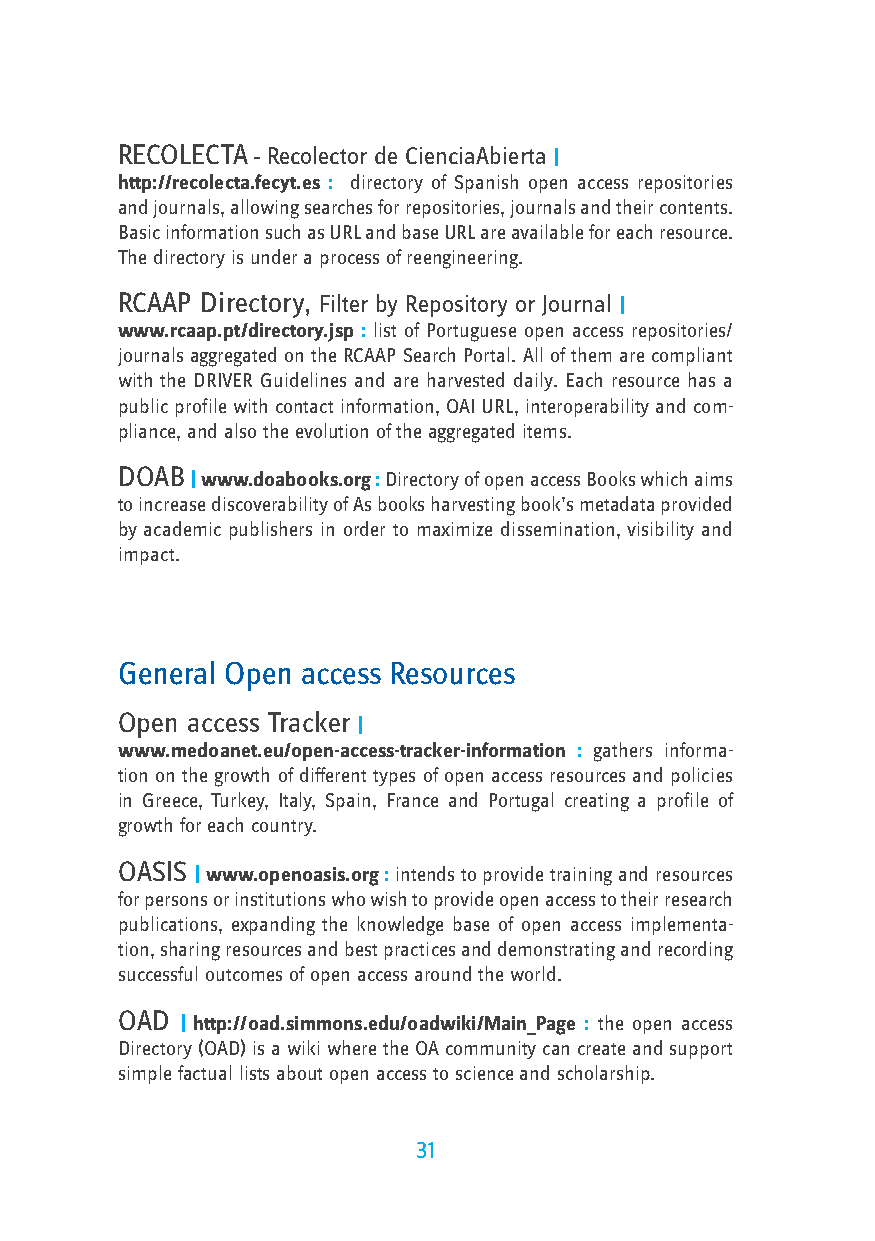
RECOLECTA – Recolector de CienciaAbierta |
 http://recolecta.fecyt.es : directory of Spanish open access repositories
 and journals, allowing searches for repositories, journals and their contents.
 Basic information such as URL and base URL are available for each resource.
 The directory is under a process of reengineering.
 RCAAP Directory, Filter by Repository or Journal |
 www.rcaap.pt/directory.jsp : list of Portuguese open access repositories/
 journals aggregated on the RCAAP Search Portal. All of them are compliant
 with the DRIVER Guidelines and are harvested daily. Each resource has a
 public profile with contact information, OAI URL, interoperability and com-
 pliance, and also the evolution of the aggregated items.
 DOAB
 | www.doabooks.org : Directory of open access Books which aims
 to increase discoverability of As books harvesting book’s metadata provided
 by academic publishers in order to maximize dissemination, visibility and
 impact.
 General Open access Resources
 Open access Tracker
 |
 www.medoanet.eu/open-access-tracker-information : gathers informa-
 tion on the growth of different types of open access resources and policies
 in Greece, Turkey, Italy, Spain, France and Portugal creating a profile of
 growth for each country.
 OASIS
 | www.openoasis.org : intends to provide training and resources
 for persons or institutions who wish to provide open access to their research
 publications, expanding the knowledge base of open access implementa-
 tion, sharing resources and best practices and demonstrating and recording
 successful outcomes of open access around the world.
 OAD
 | http://oad.simmons.edu/oadwiki/Main_Page : the open access
 Directory (OAD) is a wiki where the OA community can create and support
 simple factual lists about open access to science and scholarship.
 31